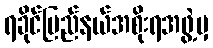
ရခိုင်ပြည်နယ်အစိုးရအဖွဲ့မှ